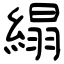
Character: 䌈